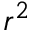
r ^ { 2 }